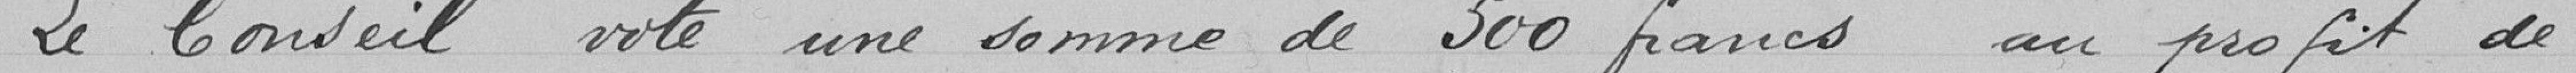
Le Conseil vote une somme de 500 francs au profit de